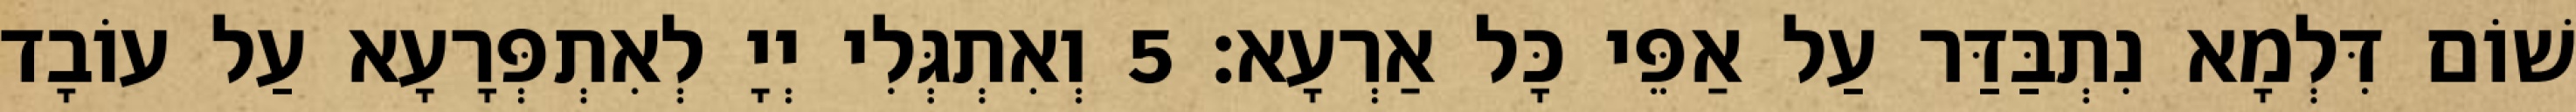
שׁוֹם דִּלְמָא נִתְבַּדַּר עַל אַפֵּי כָּל אַרְעָא׃ 5 וְאִתְגְּלִי יְיָ לְאִתְפְּרָעָא עַל עוֹבָד